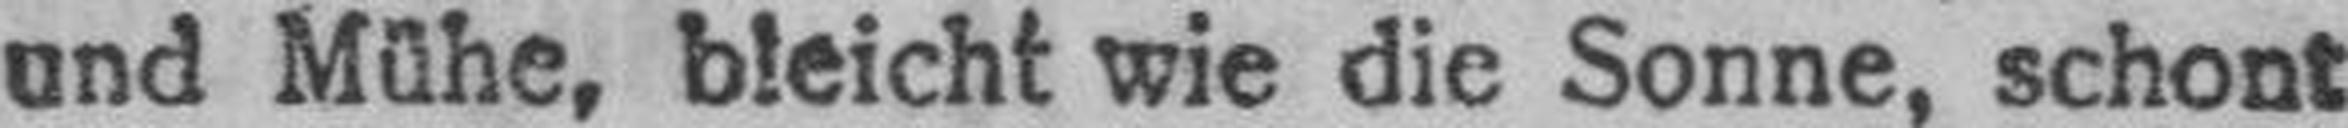
und Mühe, bleicht wie die Sonne, schont